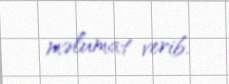
məlumat verib.